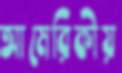
আমেরিকীয়